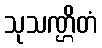
သုသဏ္ဌိတံ